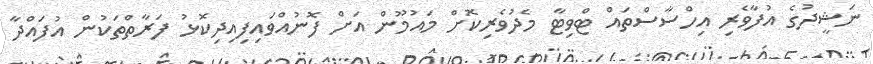
ނަޝީދުގެ އުފާވެރި އިހްސާސްތައް ޓްވިޓާ މެދުވެރިކޮށް މައުމޫން އަށް ފޮނުއްވައިފިއިދިކޮޅު ފަރާތްތަކުން އުފައްދާ